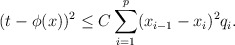
\begin{align*}(t-\phi(x))^2\leq C\sum_{i=1}^p(x_{i-1}-x_i)^2{ q_i}.\end{align*}